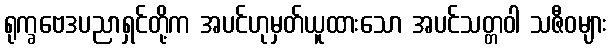
ရုက္ခဗေဒပညာရှင်တို့က အပင်ဟုမှတ်ယူထားသော အပင်သတ္တဝါ သဇီဝများ